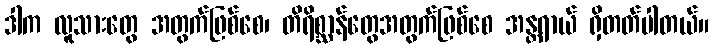
ဒါက လူသားတွေ အတွက်ဖြစ်စေ၊ တိရိစ္ဆာန်တွေအတွက်ဖြစ်စေ အန္တရာယ် ရှိတတ်ပါတယ်။